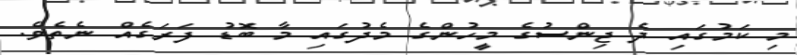
މި ކަމުގައި ދެ ޖިންސުގެ މީހުންގެ މެދުގައި މާ ބޮޑު ފަރަގެއް ނެތެވެ.